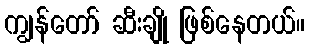
ကျွန်တော် ဆီးချို ဖြစ်နေတယ်။